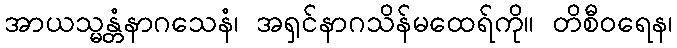
အာယသ္မန္တံနာဂသေနံ၊ အရှင်နာဂသိန်မထေရ်ကို။ တိစီဝရေန၊